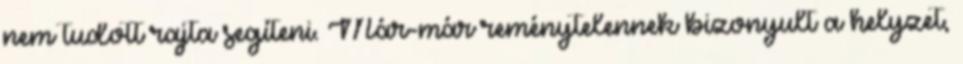
nem tudott rajta segíteni. Már-már reménytelennek bizonyult a helyzet,